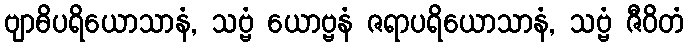
ဗျာဓိပရိယောသာနံ, သဗ္ဗံ ယောဗ္ဗနံ ဇရာပရိယောသာနံ, သဗ္ဗံ ဇီဝိတံ